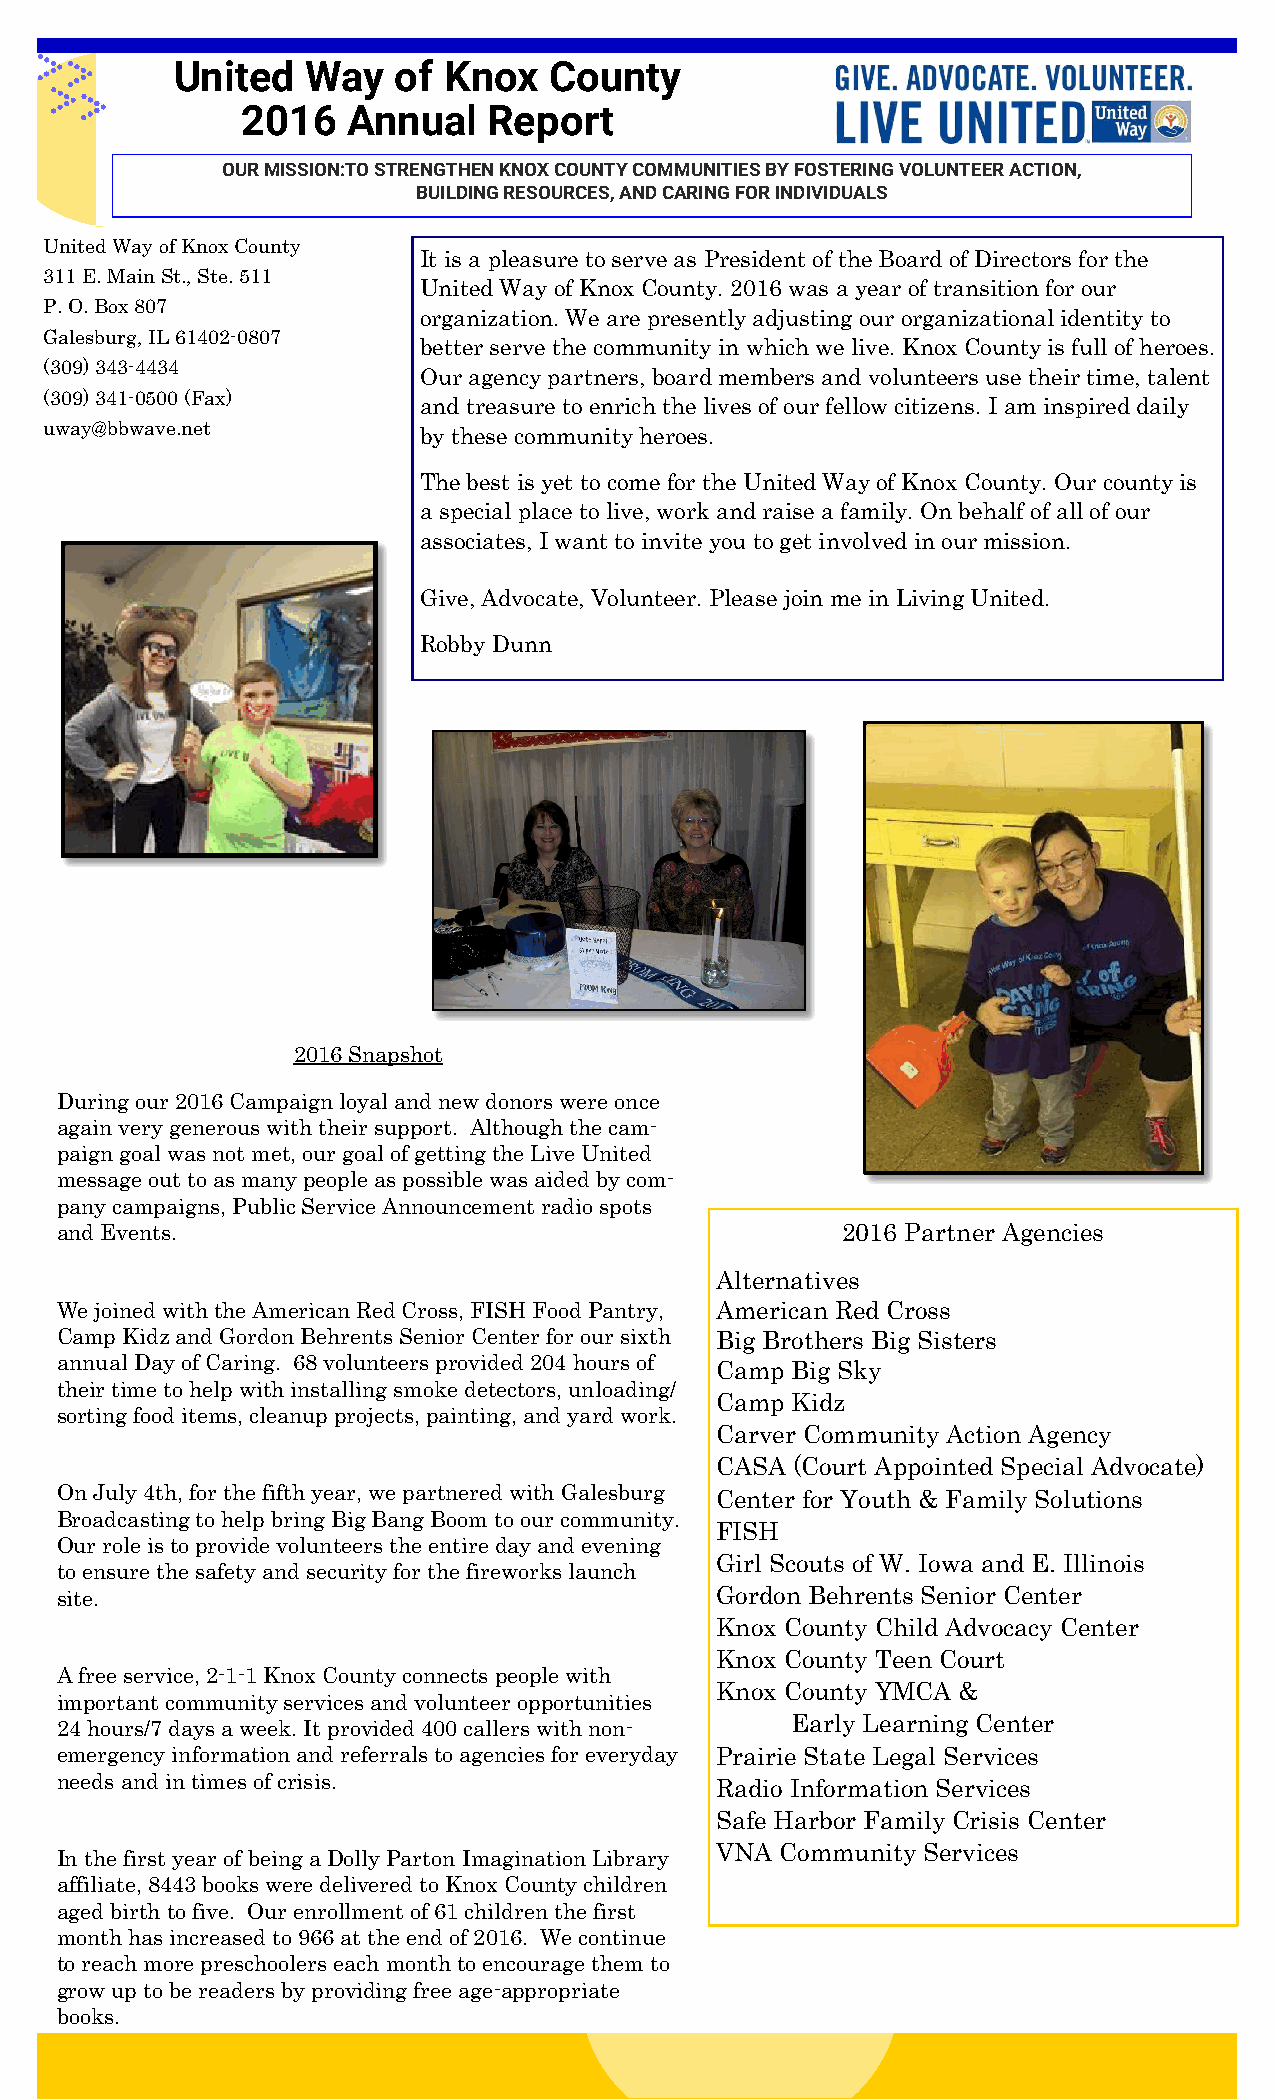
United  Way   of Knox   County
 2016   Annual   Report
 OUR MISSION:TO STRENGTHEN KNOX COUNTY COMMUNITIES BY FOSTERING VOLUNTEER ACTION,
 BUILDING RESOURCES, AND CARING FOR INDIVIDUALS
 United Way of Knox County
 It is a pleasure to serve as President of the Board of Directors for the
 311 E. Main St., Ste. 511
 United Way of Knox County. 2016 was a year of transition for our
 P. O. Box 807
 organization. We are presently adjusting our organizational identity to
 Galesburg, IL 61402-0807
 better serve the community in which we live. Knox County is full of heroes.
 (309) 343-4434
 Our agency partners, board members and volunteers use their time, talent
 (309) 341-0500 (Fax)
 and treasure to enrich the lives of our fellow citizens. I am inspired daily
 uway@bbwave.net          by these community heroes.
 The best is yet to come for the United Way of Knox County. Our county is
 a special place to live, work and raise a family. On behalf of all of our
 associates, I want to invite you to get involved in our mission.
 Give, Advocate, Volunteer. Please join me in Living United.
 Robby Dunn
 2016 Snapshot
 During our 2016 Campaign loyal and new donors were once
 again very generous with their support. Although the cam-
 paign goal was not met, our goal of getting the Live United
 message out to as many people as possible was aided by com-
 pany campaigns, Public Service Announcement radio spots
 and Events.                                         2016 Partner Agencies
 Alternatives
 We joined with the American Red Cross, FISH Food Pantry, American Red Cross
 Camp Kidz and Gordon Behrents Senior Center for our sixth Big Brothers Big Sisters
 annual Day of Caring. 68 volunteers provided 204 hours of Camp Big Sky
 their time to help with installing smoke detectors, unloading/
 Camp Kidz
 sorting food items, cleanup projects, painting, and yard work.
 Carver Community Action Agency
 CASA (Court Appointed Special Advocate)
 On July 4th, for the fifth year, we partnered with Galesburg Center for Youth & Family Solutions
 Broadcasting to help bring Big Bang Boom to our community.
 FISH
 Our role is to provide volunteers the entire day and evening
 Girl Scouts of W. Iowa and E. Illinois
 to ensure the safety and security for the fireworks launch
 site.                                      Gordon Behrents Senior Center
 Knox County Child Advocacy Center
 Knox County Teen Court
 A free service, 2-1-1 Knox County connects people with
 Knox County YMCA &
 important community services and volunteer opportunities
 24 hours/7 days a week. It provided 400 callers with non- Early Learning Center
 emergency information and referrals to agencies for everyday Prairie State Legal Services
 needs and in times of crisis.              Radio Information Services
 Safe Harbor Family Crisis Center
 VNA  Community Services
 In the first year of being a Dolly Parton Imagination Library
 affiliate, 8443 books were delivered to Knox County children
 aged birth to five. Our enrollment of 61 children the first
 month has increased to 966 at the end of 2016. We continue
 to reach more preschoolers each month to encourage them to
 grow up to be readers by providing free age-appropriate
 books.